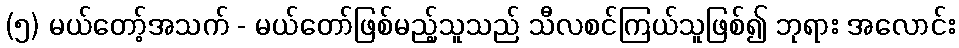
(၅) မယ်တော့်အသက် - မယ်တော်ဖြစ်မည့်သူသည် သီလစင်ကြယ်သူဖြစ်၍ ဘုရား အလောင်း